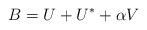
LaTeX: \begin{align*} B=U+U^{*}+\alpha V\end{align*}